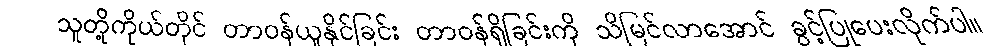
သူတို့ကိုယ်တိုင် တာဝန်ယူနိုင်ခြင်း တာဝန်ရှိခြင်းကို သိမြင်လာအောင် ခွင့်ပြုပေးလိုက်ပါ။